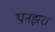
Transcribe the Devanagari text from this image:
पनझरा